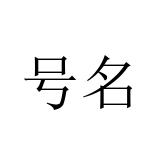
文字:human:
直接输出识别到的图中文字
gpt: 号名